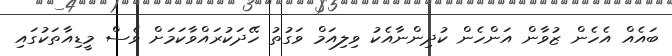
ބައެއް އެހެން ޒުވާން އަންހެން ކުދިންނާއެކު ވިލިއަމް ވަގުތު ހޭދަކުރައްވާކަމަށް ވެސް މީޑިއާތަކުގައި